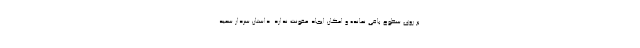
بر روی سطوح باقی نمانده و امکان ایجاد عفونت ندارد. داستان سردار سعید